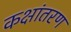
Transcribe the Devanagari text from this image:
कक्षांतरण